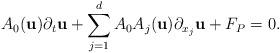
LaTeX: \begin{align*}A_{0}(\textbf{u})\partial_{t}\textbf{u}+\sum_{j=1}^{d}A_{0}A_{j}(\textbf{u})\partial_{x_{j}}\textbf{u}+F_{P}=0.\end{align*}